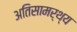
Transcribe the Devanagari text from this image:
अतिसामर्थ्य